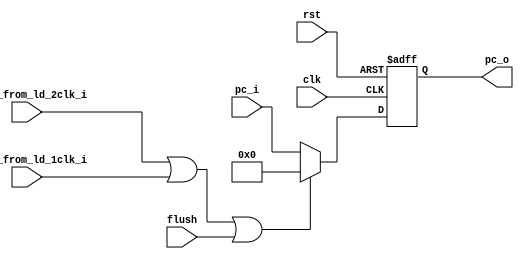
module fetch2decode(
    input               clk,
    input               rst,
    input               stall_from_ld_2clk_i,
    input               stall_from_ld_1clk_i,
    input               flush,

    input        [31:0]   pc_i,

    output  reg  [31:0]   pc_o
);

    always @(posedge clk or posedge rst) begin
        if(rst)
            pc_o <= 32'd0;
        else if(stall_from_ld_2clk_i || stall_from_ld_1clk_i || flush)
            pc_o <= 32'd0;
        else
            pc_o <= pc_i;
    end
    
endmodule //fetch2decode